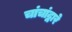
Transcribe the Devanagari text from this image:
चांचांद्वारे